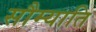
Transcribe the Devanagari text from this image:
सौम्याति